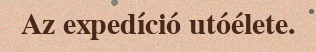
Az expedíció utóélete.